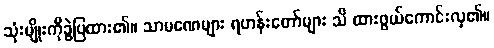
သုံးမျိုးကိုခွဲပြထား၏။ သာမဏေများ ရဟန်းတော်များ သိ ထားဖွယ်ကောင်းလှ၏။